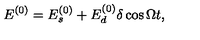
E ^ { ( 0 ) } = E _ { s } ^ { ( 0 ) } + E _ { d } ^ { ( 0 ) } \delta \cos \Omega t ,